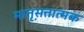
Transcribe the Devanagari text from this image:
मात़ृसत्तात्मक